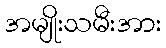
အမျိုးသမီးအား